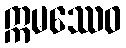
ဣမဿေဝ